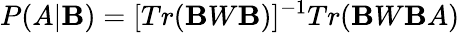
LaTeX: P(A|\mathbf{B})=[Tr(\mathbf{B}W\mathbf{B})]^{-1}Tr(\mathbf{B}W\mathbf{B}A)